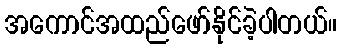
အကောင်အထည်ဖော်နိုင်ခဲ့ပါတယ်။